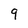
Character: 9